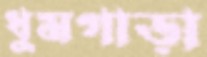
ধুমগাড়া